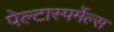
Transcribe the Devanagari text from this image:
पेल्टास्पर्मेल्स